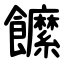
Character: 䭧